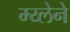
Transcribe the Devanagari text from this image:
म्य्लेने